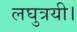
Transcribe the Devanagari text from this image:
लघुत्रयी।